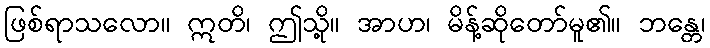
ဖြစ်ရာသလော။ ဣတိ၊ ဤသို့။ အာဟ၊ မိန့်ဆိုတော်မူ၏။ ဘန္တေ၊